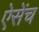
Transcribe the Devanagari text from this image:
ऐसेंच